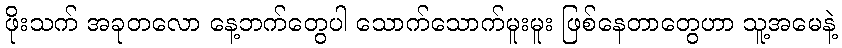
ဖိုးသက် အခုတလော နေ့ဘက်တွေပါ သောက်သောက်မူးမူး ဖြစ်နေတာတွေဟာ သူ့အမေနဲ့